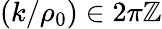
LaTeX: (k/\rho_{0})\in 2\pi\mathbb{Z}